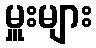
မှူးများ